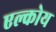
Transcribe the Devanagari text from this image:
एल्कोय